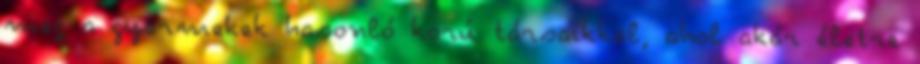
meg a gyermekek hasonló korú társaikkal, ahol akár életre